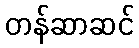
တန်ဆာဆင်